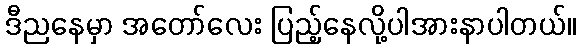
ဒီညနေမှာ အတော်လေး ပြည့်နေလို့ပါအားနာပါတယ်။